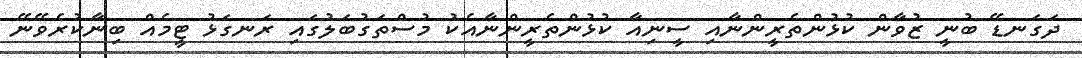
ދަގަނޑޭ ބުނީ ޒުވާން ކުޅުންތެރީންނާއި ސީނިއާ ކުޅުންތެރީންނާއެކު މުސްތަގުބަލުގައި ރަނގަޅު ޓީމެއް ބިނާކުރެވޭނޭ